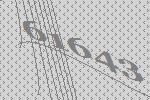
61643